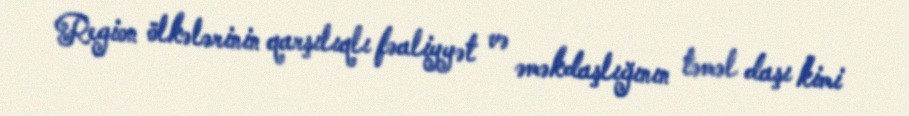
Region ölkələrinin qarşılıqlı fəaliyyət və əməkdaşlığının təməl daşı kimi